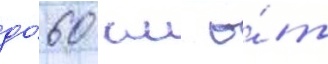
до́ 60 км о́т